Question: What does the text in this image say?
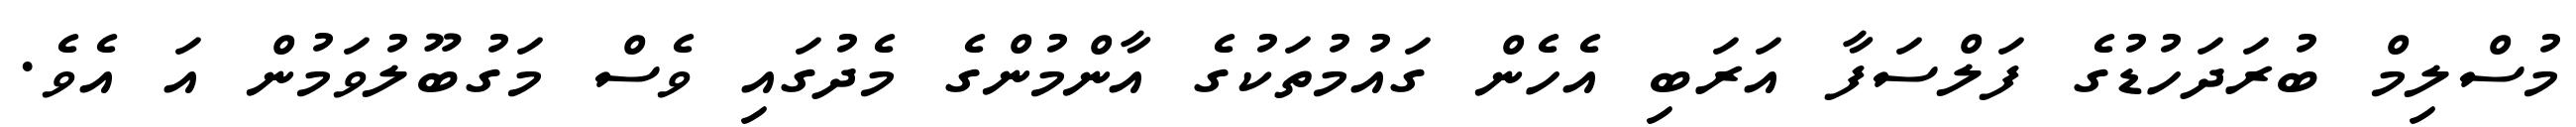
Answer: މުސްލިމް ބުރަދަހުޑުގެ ފަލްސަފާ އަރަބި އެހެން ގައުމުތަކުގެ އާންމުންގެ މެދުގައި ވެސް މަގުބޫލުވަމުން އަ އެވެ.